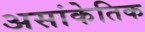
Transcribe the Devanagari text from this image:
असांकेतिक